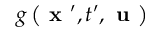
g \left( \textbf { x } ^ { \prime } , t ^ { \prime } , \textbf { u } \right)